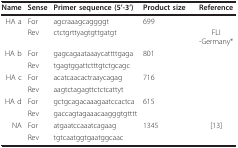
| Name | Sense | Primer sequence (5'-3') | Product size | Reference |
 | --- | --- | --- | --- | --- |
 | HA a | For | agcraaagcaggggt | 699 |  |
 |  | Rev | ctctgrttyagtgttgatgt |  | FLI -Germany* |
 | HA b | For | gagcagaataaaycattttgaga | 801 |  |
 |  | Rev | tgagtggattctttgtctgcagc |  |  |
 | HA c | For | acatcaacactraaycagag | 716 |  |
 |  | Rev | aagtctagagttctctcattyt |  |  |
 | HA d | For | gctgcagacaaagaatccactca | 615 |  |
 |  | Rev | gaccagtagaaacaagggtgtttt |  |  |
 | NA | For | atgaatccaaatcagaag | 1345 | [13] |
 |  | Rev | tgtcaatggtgaatggcaac |  |  |